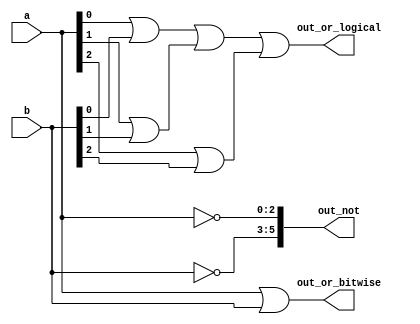
module top_module( 
    input [2:0] a,
    input [2:0] b,
    output [2:0] out_or_bitwise,
    output out_or_logical,
    output [5:0] out_not
);
    assign out_or_bitwise[2:0] = a[2:0]|b[2:0];
    
    assign out_or_logical = (a[0]|b[0])|(a[1]|b[1])|(a[2]|b[2]);
    
    assign out_not[5:3] = ~b[2:0];
    
    assign out_not[2:0] = ~a[2:0];
endmodule